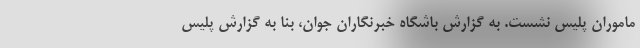
ماموران پلیس نشست. به گزارش باشگاه خبرنگاران جوان، بنا به گزارش پلیس